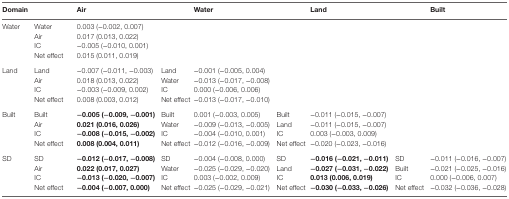
<table><thead><tr><td><b>Domain</b></td><td></td><td><b>Air</b></td><td></td><td><b>Water</b></td><td></td><td><b>Land</b></td><td></td><td><b>Built</b></td></tr></thead><tbody><tr><td rowspan="4">Water</td><td>Water</td><td>0.003 (−0.002, 0.007)</td><td></td><td></td><td></td><td></td><td></td><td></td></tr><tr><td>Air</td><td>0.017 (0.013, 0.022)</td><td></td><td></td><td></td><td></td><td></td><td></td></tr><tr><td>IC</td><td>−0.005 (−0.010, 0.001)</td><td></td><td></td><td></td><td></td><td></td><td></td></tr><tr><td>Net effect</td><td>0.015 (0.011, 0.019)</td><td></td><td></td><td></td><td></td><td></td><td></td></tr><tr><td rowspan="4">Land</td><td>Land</td><td>−0.007 (−0.011, −0.003)</td><td>Land</td><td>−0.001 (−0.005, 0.004)</td><td></td><td></td><td></td><td></td></tr><tr><td>Air</td><td>0.018 (0.013, 0.022)</td><td>Water</td><td>−0.013 (−0.017, −0.008)</td><td></td><td></td><td></td><td></td></tr><tr><td>IC</td><td>−0.003 (−0.009, 0.002)</td><td>IC</td><td>0.000 (−0.006, 0.006)</td><td></td><td></td><td></td><td></td></tr><tr><td>Net effect</td><td>0.008 (0.003, 0.012)</td><td>Net effect</td><td>−0.013 (−0.017, −0.010)</td><td></td><td></td><td></td><td></td></tr><tr><td rowspan="4">Built</td><td>Built</td><td><b>−0.005 (−0.009, −0.001)</b></td><td>Built</td><td>0.001 (−0.003, 0.005)</td><td>Built</td><td>−0.011 (−0.015, −0.007)</td><td></td><td></td></tr><tr><td>Air</td><td><b>0.021 (0.016, 0.026)</b></td><td>Water</td><td>−0.009 (−0.013, −0.005)</td><td>Land</td><td>−0.011 (−0.015, −0.007)</td><td></td><td></td></tr><tr><td>IC</td><td><b>−0.008 (−0.015, −0.002)</b></td><td>IC</td><td>−0.004 (−0.010, 0.001)</td><td>IC</td><td>0.003 (−0.003, 0.009)</td><td></td><td></td></tr><tr><td>Net effect</td><td><b>0.008 (0.004, 0.011)</b></td><td>Net effect</td><td>−0.012 (−0.016, −0.009)</td><td>Net effect</td><td>−0.020 (−0.023, −0.016)</td><td></td><td></td></tr><tr><td rowspan="4">SD</td><td>SD</td><td><b>−0.012 (−0.017, −0.008)</b></td><td>SD</td><td>−0.004 (−0.008, 0.000)</td><td>SD</td><td><b>−0.016 (−0.021, −0.011)</b></td><td>SD</td><td>−0.011 (−0.016, −0.007)</td></tr><tr><td>Air</td><td><b>0.022 (0.017, 0.027)</b></td><td>Water</td><td>−0.025 (−0.029, −0.020)</td><td>Land</td><td><b>−0.027 (−0.031, −0.022)</b></td><td>Built</td><td>−0.021 (−0.025, −0.016)</td></tr><tr><td>IC</td><td><b>−0.013 (−0.020, −0.007)</b></td><td>IC</td><td>0.003 (−0.002, 0.009)</td><td>IC</td><td><b>0.013 (0.006, 0.019)</b></td><td>IC</td><td>0.000 (−0.006, 0.007)</td></tr><tr><td>Net effect</td><td><b>−0.004 (−0.007, 0.000)</b></td><td>Net effect</td><td>−0.025 (−0.029, −0.021)</td><td>Net effect</td><td><b>−0.030 (−0.033, −0.026)</b></td><td>Net effect</td><td>−0.032 (−0.036, −0.028)</td></tr></tbody></table>